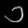
Digit: ၁